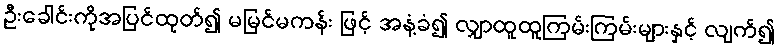
ဦးခေါင်းကိုအပြင်ထုတ်၍ မမြင်မကန်း ဖြင့် အနံ့ခံ၍ လျှာထူထူကြမ်းကြမ်းများနှင့် လျက်၍